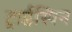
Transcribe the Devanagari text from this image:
ट्राईस्पिन